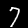
Digit: 7